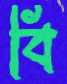
বি